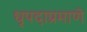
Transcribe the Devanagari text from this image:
धृपदाप्रमाणे